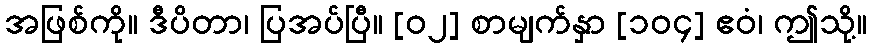
အဖြစ်ကို။ ဒီပိတာ၊ ပြအပ်ပြီ။ [၀၂] စာမျက်နှာ [၁၀၄] ဧဝံ၊ ဤသို့။